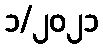
၁/၂၀၂၁